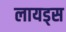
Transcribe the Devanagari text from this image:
लायड्स